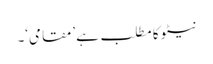
نیٹو کا مطلب ہے ’مقامی‘۔